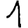
Digit: 1